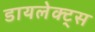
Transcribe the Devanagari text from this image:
डायलेक्ट्स